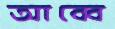
আব্বে